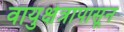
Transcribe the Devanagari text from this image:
वायुक्षेत्रापासून